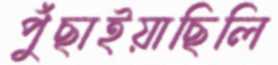
পুঁছাইয়াছিলি